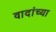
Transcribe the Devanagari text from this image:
वादांच्या